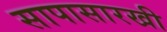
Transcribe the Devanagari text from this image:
सापासारखी